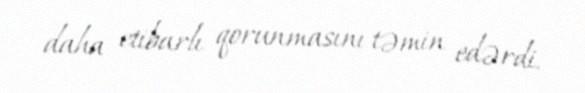
daha etibarlı qorunmasını təmin edərdi.